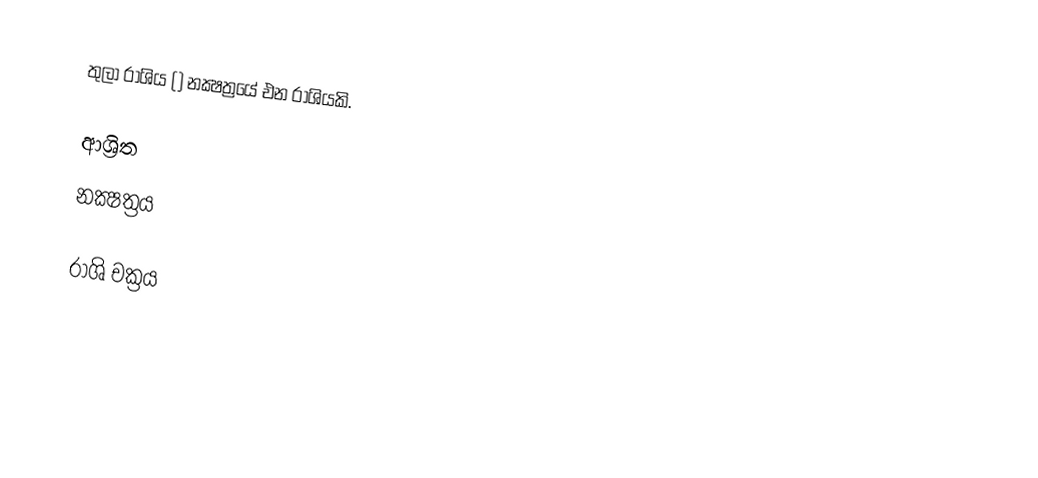
තුලා රාශිය () නක්‍ෂත්‍රයේ එන රාශියකි.

ආශ්‍රිත
 නක්‍ෂත්‍රය

රාශි චක්‍රය